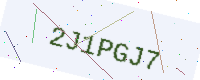
Text: 2J1PGJ7